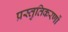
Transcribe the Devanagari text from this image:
प्रस्तुतिकरणों